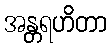
အန္တရဟိတာ